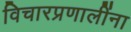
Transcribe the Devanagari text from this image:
विचारप्रणालींना